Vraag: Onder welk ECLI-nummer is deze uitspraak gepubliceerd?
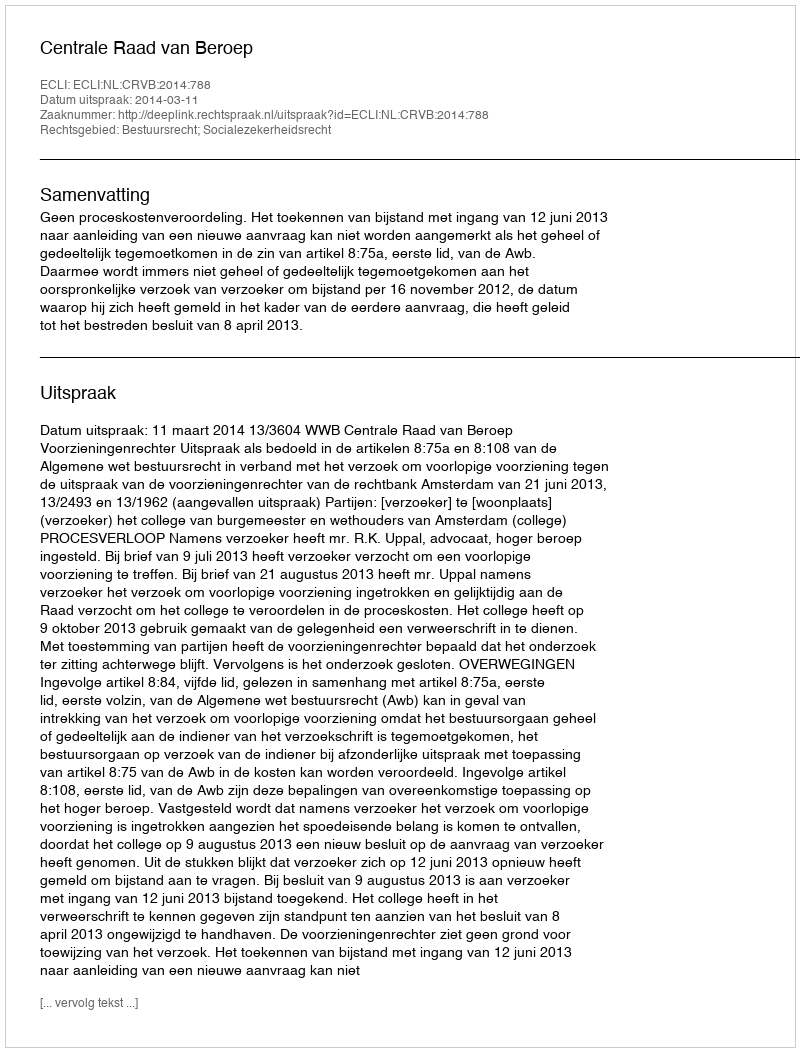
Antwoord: ECLI:NL:CRVB:2014:788